Document type: Barter
Year: 1304
Scribe: Pere Pometa
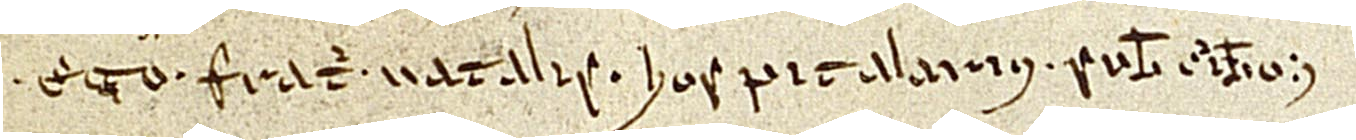
Ego frater Natalis, hospitalarius, subscribo.